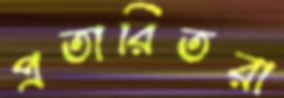
প্রতারিতরা